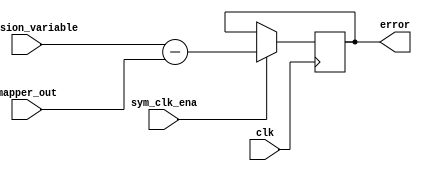
module decision_error(
    input clk, sym_clk_ena,
    input [17:0] decision_variable, mapper_out,
    output reg signed [17:0] error // 1s17

);


always @ (posedge clk)
    if(sym_clk_ena)
        error <= decision_variable - mapper_out;
    else
        error <= error;




endmodule